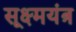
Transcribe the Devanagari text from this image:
सूक्ष्मयंत्र